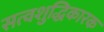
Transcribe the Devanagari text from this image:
सत्वशुद्धिकारक